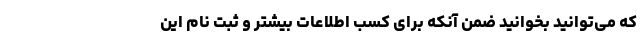
که می‌توانید بخوانید ضمن آنکه برای کسب اطلاعات بیشتر و ثبت نام این